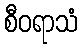
စီဝရာသံ